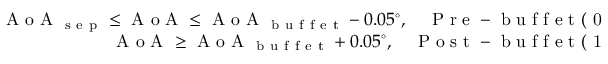
\begin{array} { r } { \mathrm { ~ A ~ o ~ A ~ } _ { \mathrm { ~ s ~ e ~ p ~ } } \leq \mathrm { ~ A ~ o ~ A ~ } \leq \mathrm { ~ A ~ o ~ A ~ } _ { \mathrm { ~ b ~ u ~ f ~ f ~ e ~ t ~ } } - 0 . 0 5 ^ { \circ } , \quad \mathrm { ~ P ~ r ~ e ~ - ~ b ~ u ~ f ~ f ~ e ~ t ~ ( ~ 0 ~ ) ~ } } \\ { \mathrm { ~ A ~ o ~ A ~ } \geq \mathrm { ~ A ~ o ~ A ~ } _ { \mathrm { ~ b ~ u ~ f ~ f ~ e ~ t ~ } } + 0 . 0 5 ^ { \circ } , \quad \mathrm { ~ P ~ o ~ s ~ t ~ - ~ b ~ u ~ f ~ f ~ e ~ t ~ ( ~ 1 ~ ) ~ } } \end{array}